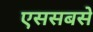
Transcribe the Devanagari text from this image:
एससबसे